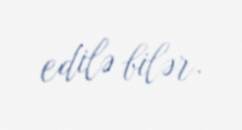
edilə bilər.